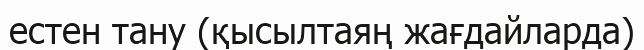
естен тану (қысылтаяң жағдайларда)